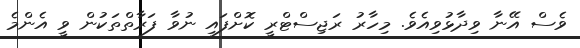
ވެސް އޭނާ ވިދާޅުވިއެވެ. މިހާރު ރަޖިސްޓްރީ ކޮށްފައި ނުވާ ފަރާތްތަކުން ވީ އެންމެ